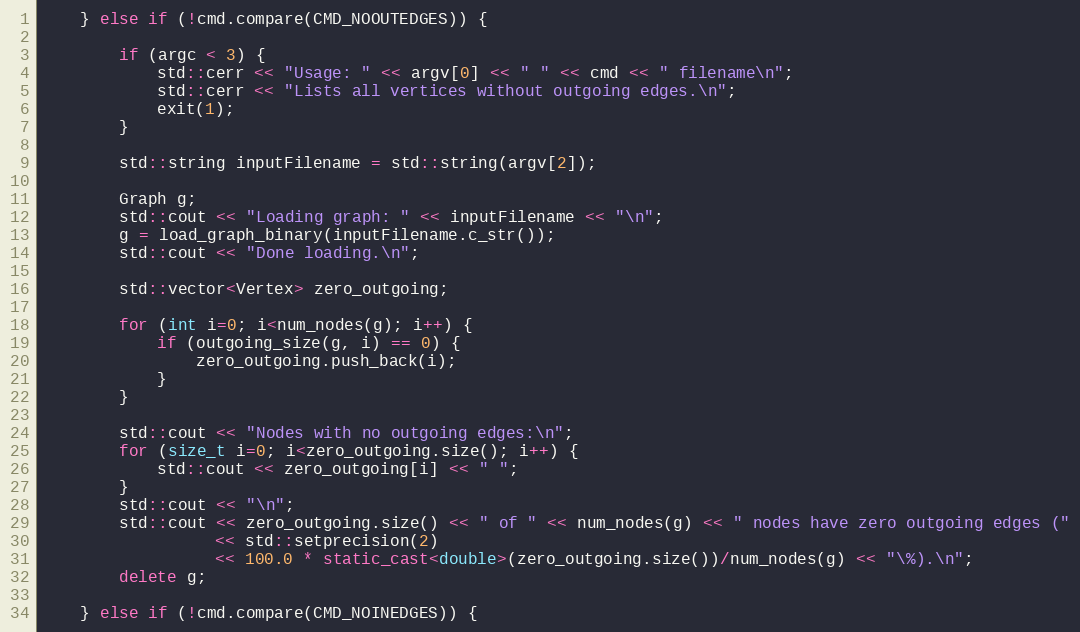
Language: C++
    } else if (!cmd.compare(CMD_NOOUTEDGES)) {

        if (argc < 3) {
            std::cerr << "Usage: " << argv[0] << " " << cmd << " filename\n";
            std::cerr << "Lists all vertices without outgoing edges.\n";
            exit(1);
        }

        std::string inputFilename = std::string(argv[2]);

        Graph g;
        std::cout << "Loading graph: " << inputFilename << "\n";
        g = load_graph_binary(inputFilename.c_str());
        std::cout << "Done loading.\n";

        std::vector<Vertex> zero_outgoing;

        for (int i=0; i<num_nodes(g); i++) {
            if (outgoing_size(g, i) == 0) {
                zero_outgoing.push_back(i);
            }
        }

        std::cout << "Nodes with no outgoing edges:\n";
        for (size_t i=0; i<zero_outgoing.size(); i++) {
            std::cout << zero_outgoing[i] << " ";
        }
        std::cout << "\n";
        std::cout << zero_outgoing.size() << " of " << num_nodes(g) << " nodes have zero outgoing edges ("
                  << std::setprecision(2)
                  << 100.0 * static_cast<double>(zero_outgoing.size())/num_nodes(g) << "\%).\n";
        delete g;

    } else if (!cmd.compare(CMD_NOINEDGES)) {